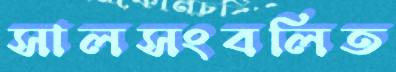
সালসংবলিত